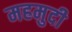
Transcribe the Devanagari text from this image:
महमुदी